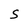
Character: S